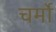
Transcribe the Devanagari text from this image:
चर्मो